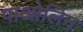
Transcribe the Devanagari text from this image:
पाओलिन